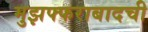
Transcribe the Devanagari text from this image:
मुझफ्फराबादची